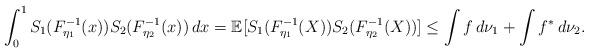
LaTeX: \begin{align*}\int_0^1S_1(F_{\eta_1}^{-1}(x))S_2(F_{\eta_2}^{-1}(x))\,dx = \mathbb{E}[S_1(F_{\eta_1}^{-1}(X))S_2(F_{\eta_2}^{-1}(X))] \leq \int f\,d\nu_1 + \int f^*\,d\nu_2.\end{align*}